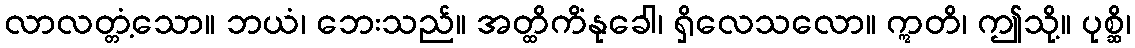
လာလတ္တံ့သော။ ဘယံ၊ ဘေးသည်။ အတ္ထိကိံနုခေါ၊ ရှိလေသလော။ ဣတိ၊ ဤသို့။ ပုစ္ဆိ၊